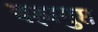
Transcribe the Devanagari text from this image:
बह्मगुप्त